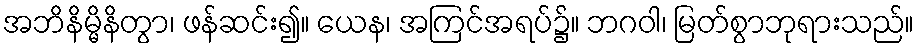
အဘိနိမ္မိနိတွာ၊ ဖန်ဆင်း၍။ ယေန၊ အကြင်အရပ်၌။ ဘဂဝါ၊ မြတ်စွာဘုရားသည်။